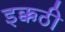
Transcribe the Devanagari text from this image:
इक्कठी